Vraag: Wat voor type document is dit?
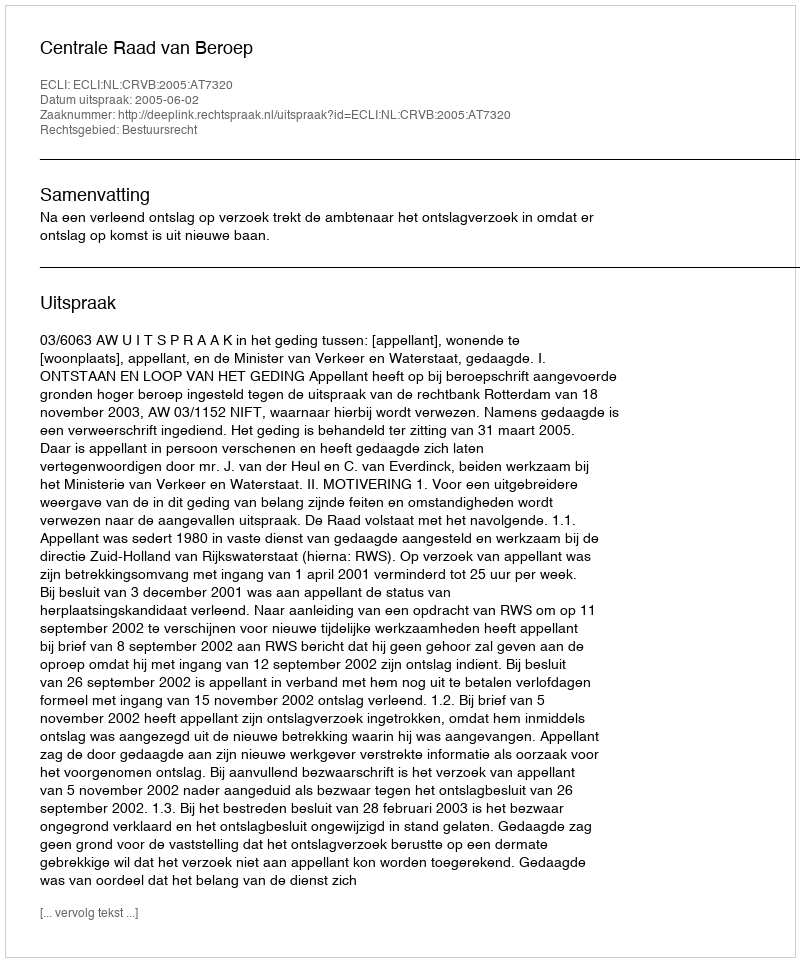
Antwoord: Uitspraak